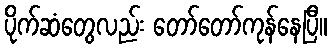
ပိုက်ဆံတွေလည်း တော်တော်ကုန်နေပြီ။